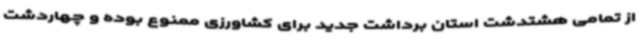
از تمامی هشتدشت استان برداشت جدید برای کشاورزی ممنوع بوده و چهاردشت